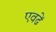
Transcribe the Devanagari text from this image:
एवढें